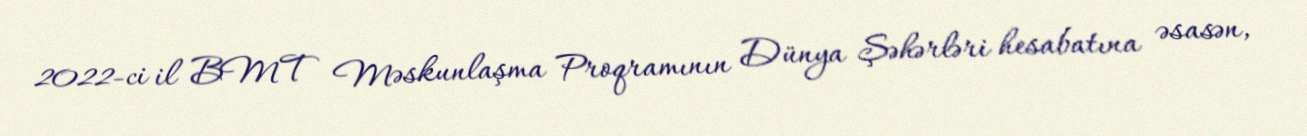
2022-ci il BMT Məskunlaşma Proqramının Dünya Şəhərləri hesabatına əsasən,